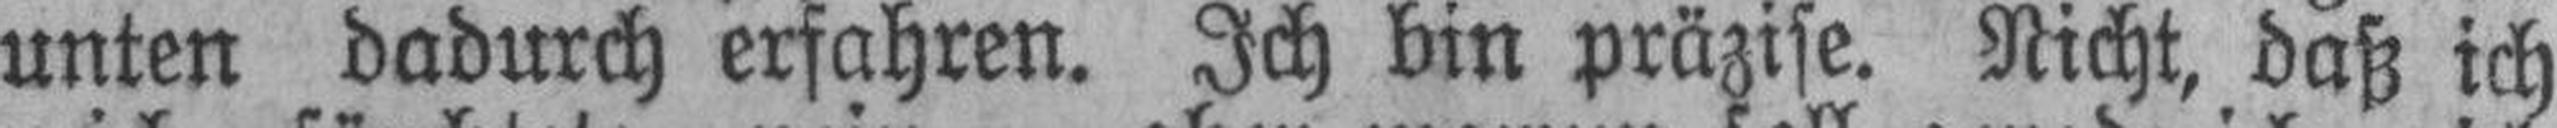
unten dadurch erfahren. Ich bin präzise. Nicht, daß ich